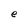
Character: e